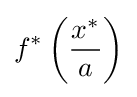
f^{*}\left({\frac {x^{*}}{a}}\right)